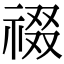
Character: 䄌